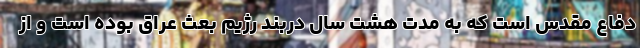
دفاع مقدس است که به مدت هشت سال دربند رژیم بعث عراق بوده است و از